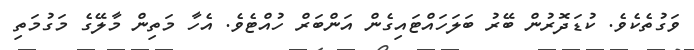
ވަގުތެކެވެ. ކުޑަދޮރުން ބޭރު ބަލަހައްޓައިގެން އަންބަރް ހުއްޓެވެ. އެހާ މަތިން މާލޭގެ މަގުމަތި